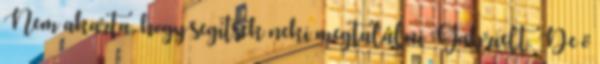
Nem akarta, hogy segítsek neki megtalálni Gabrielt. De ő